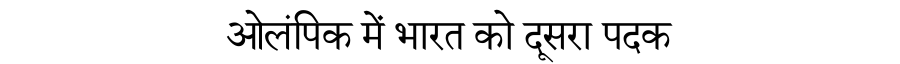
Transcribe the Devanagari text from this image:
ओलंपिक में भारत को दूसरा पदक